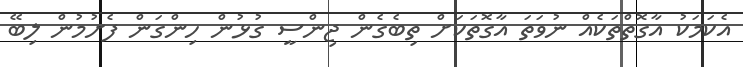
އެކަމަކު އާގޮތްތަކެއް ނުވަތަ އާގޮތަކަށް ތިބެގެން ޖިންސީ ގުޅުން ހިންގަން ފެށުމުން ލިބޭ